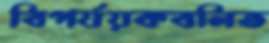
বিপর্যয়কবলিত